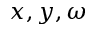
x , y , \omega